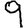
Digit: 9